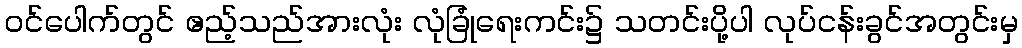
၀င်ပေါက်တွင် ဧည့်သည်အားလုံး လုံခြုံရေးကင်း၌ သတင်းပို့ပါ လုပ်ငန်းခွင်အတွင်းမှ